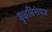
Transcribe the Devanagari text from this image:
वृक्षविशेषज्ञ